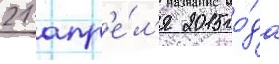
21 апр'е́л'я 2015 го́да